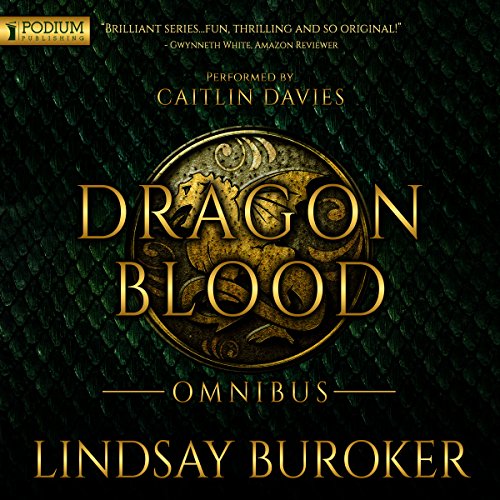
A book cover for Dragon Blood - Omnibus; Lindsay Buroker; Science Fiction & Fantasy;